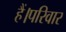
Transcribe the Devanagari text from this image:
हैं।परिवार